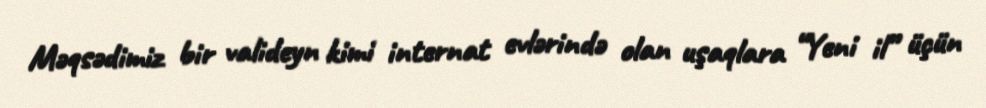
Məqsədimiz bir valideyn kimi internat evlərində olan uşaqlara “Yeni il” üçün